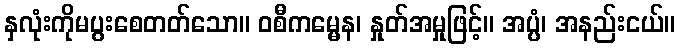
နှလုံးကိုမပွးစေတတ်သော။ ဝစီကမ္မေန၊ နှုတ်အမှုဖြင့်။ အပ္ပံ၊ အနည်းငယ်။